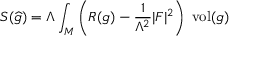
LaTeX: S ( { \widehat { g } } ) = \Lambda \int _ { M } \left( R ( g ) - { \frac { 1 } { \Lambda ^ { 2 } } } \vert F \vert ^ { 2 } \right) \; { \mathrm { v o l } } ( g )